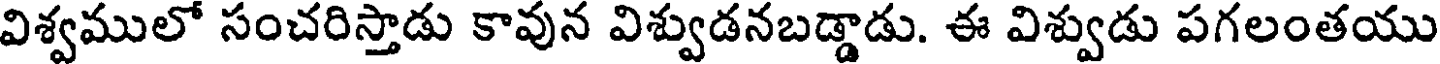
విశ్వములో సంచరిస్తాడు కావున విశ్వుడనబడ్డాడు. ఈ విశ్వుడు పగలంతయు